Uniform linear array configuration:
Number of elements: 24
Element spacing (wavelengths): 0.75
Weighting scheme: blackman
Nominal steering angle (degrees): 0
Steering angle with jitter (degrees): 0.3077
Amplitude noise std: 0.05
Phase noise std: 0.05

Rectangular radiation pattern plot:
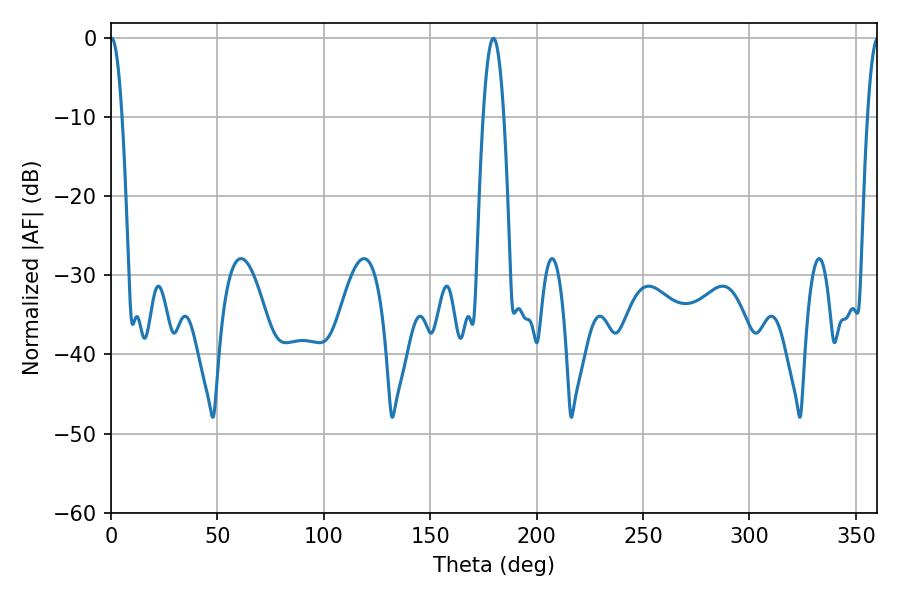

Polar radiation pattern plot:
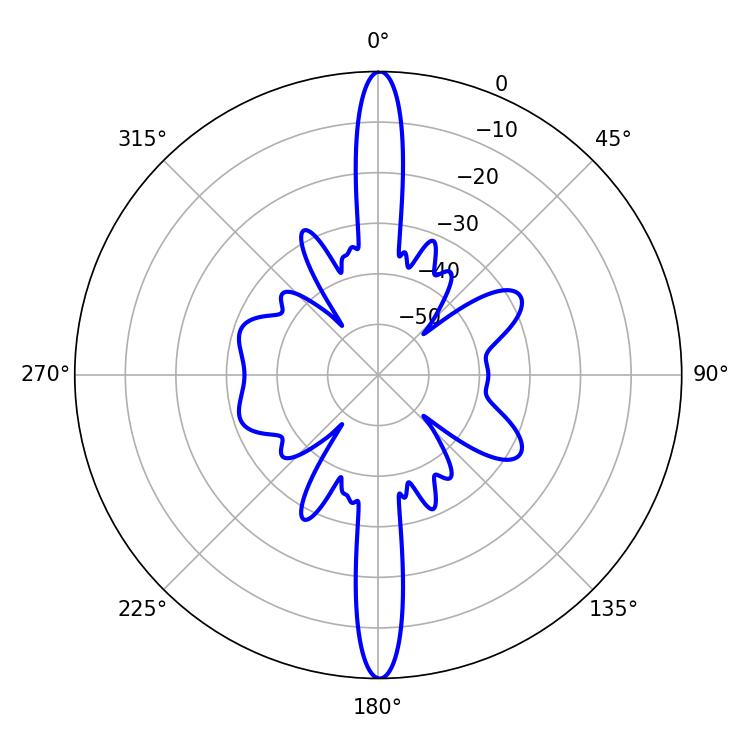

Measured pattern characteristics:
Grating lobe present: TRUE
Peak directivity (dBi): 32.589
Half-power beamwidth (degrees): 5.22
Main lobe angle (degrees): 179.64